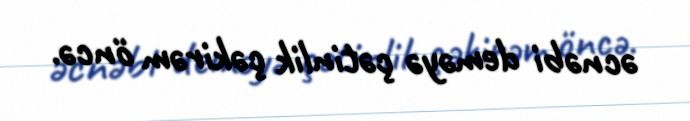
əcnəbi deməyə çətinlik çəkirəm öncə.